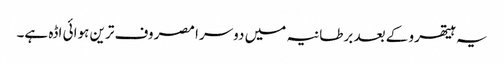
یہ ہیتھرو کے بعد برطانیہ میں دوسرا مصروف ترین ہوائی اڈہ ہے۔